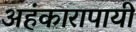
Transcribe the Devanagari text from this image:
अहंकारापायी